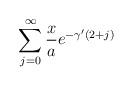
LaTeX: \begin{align*} \sum_{j=0}^{\infty} \frac{x}{a} e^{-\gamma'(2+j)} \end{align*}